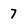
Character: 7